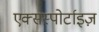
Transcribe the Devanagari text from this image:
एक्सस्पोर्टाइज़